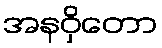
အနဝှိတော